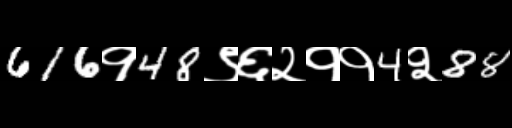
Text: 616१48९६२११4२88